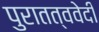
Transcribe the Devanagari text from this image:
पुरातत्ववेदी